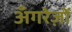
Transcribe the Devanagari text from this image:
अँगरेज़ों